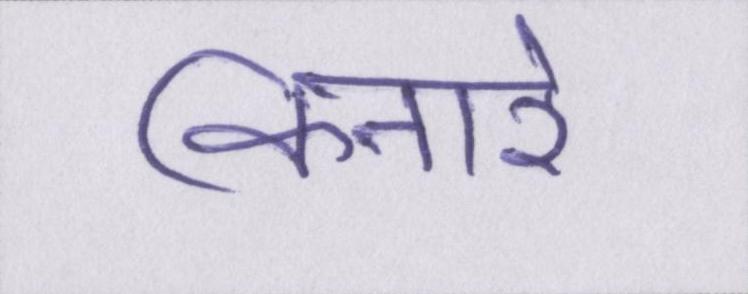
किनारे